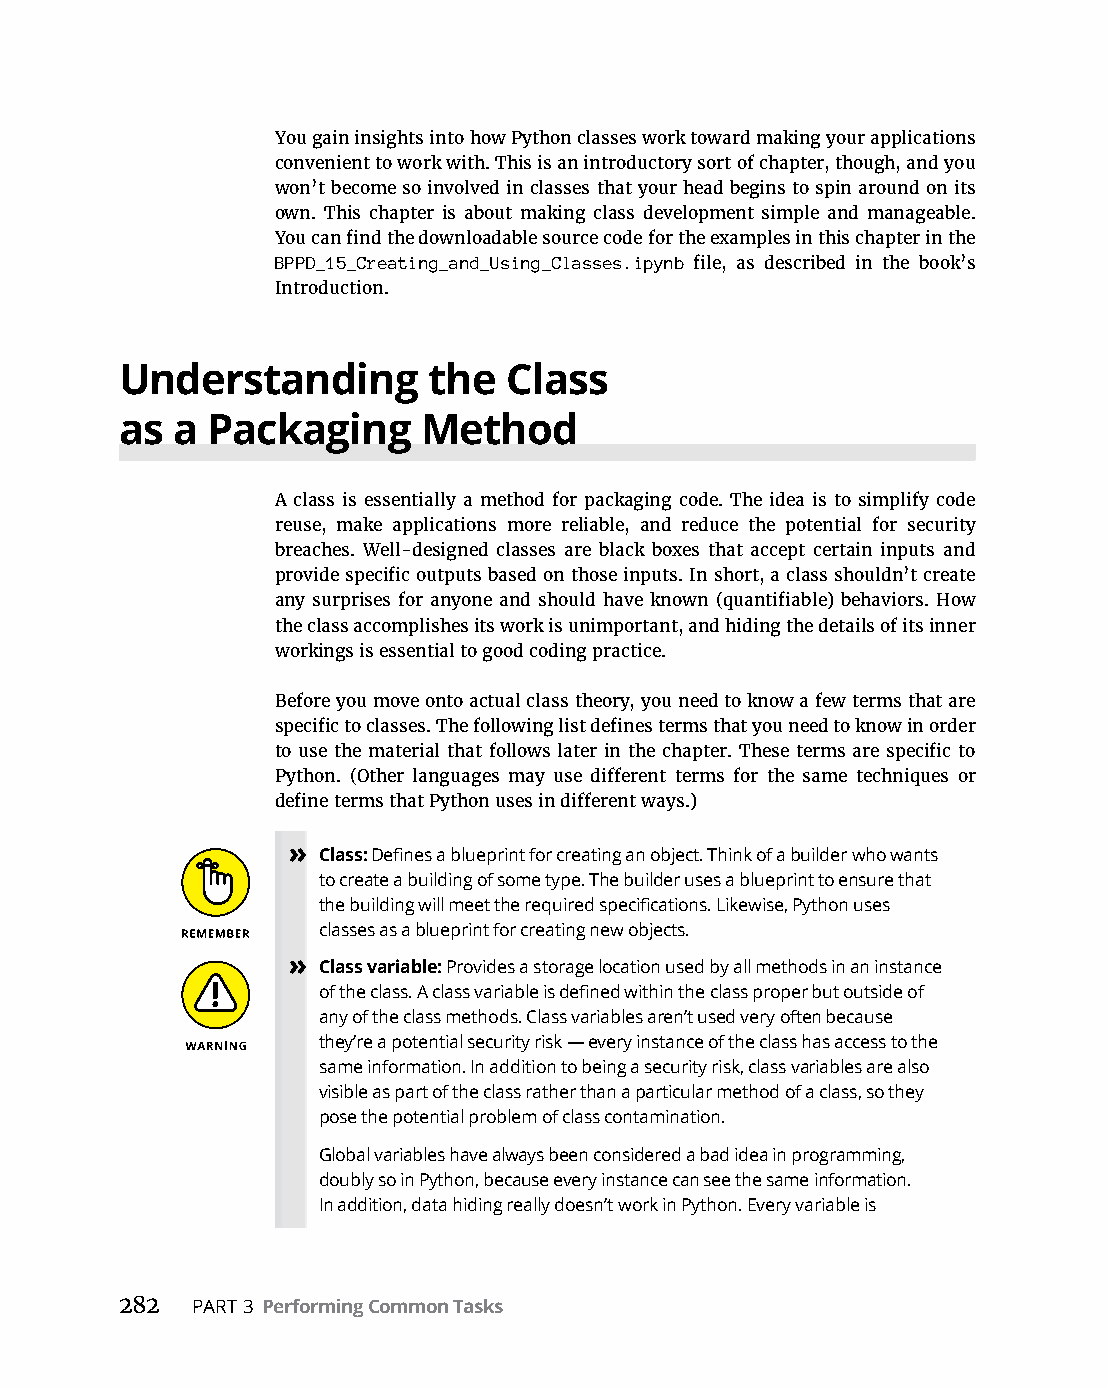
You gain insights into how Python classes work toward making your applications
 convenient to work with. This is an introductory sort of chapter, though, and you
 won’t become so involved in classes that your head begins to spin around on its
 own. This chapter is about making class development simple and manageable.
 You can find the downloadable source code for the examples in this chapter in the
 BPPD_15_Creating_and_Using_Classes.ipynb file, as described in the book’s
 Introduction.
 Understanding       the  Class
 as a  Packaging     Method
 A class is essentially a method for packaging code. The idea is to simplify code
 reuse, make applications more reliable, and reduce the potential for security
 breaches. Well-designed classes are black boxes that accept certain inputs and
 provide specific outputs based on those inputs. In short, a class shouldn’t create
 any surprises for anyone and should have known (quantifiable) behaviors. How
 the class accomplishes its work is unimportant, and hiding the details of its inner
 workings is essential to good coding practice.
 Before you move onto actual class theory, you need to know a few terms that are
 specific to classes. The following list defines terms that you need to know in order
 to use the material that follows later in the chapter. These terms are specific to
 Python. (Other languages may use different terms for the same techniques or
 define terms that Python uses in different ways.)
 » Class: Defines a blueprint for creating an object. Think of a builder who wants
 to create a building of some type. The builder uses a blueprint to ensure that
 the building will meet the required specifications. Likewise, Python uses
 classes as a blueprint for creating new objects.
 » Class variable: Provides a storage location used by all methods in an instance
 of the class. A class variable is defined within the class proper but outside of
 any of the class methods. Class variables aren’t used very often because
 they’re a potential security risk — every instance of the class has access to the
 same information. In addition to being a security risk, class variables are also
 visible as part of the class rather than a particular method of a class, so they
 pose the potential problem of class contamination.
 Global variables have always been considered a bad idea in programming,
 doubly so in Python, because every instance can see the same information.
 In addition, data hiding really doesn’t work in Python. Every variable is
 282  PART 3 Performing Common Tasks